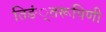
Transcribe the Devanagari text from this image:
तिङं्तरूपिणी